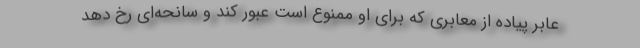
عابر پیاده از معابری که برای او ممنوع است عبور کند و سانحه‌ای رخ دهد